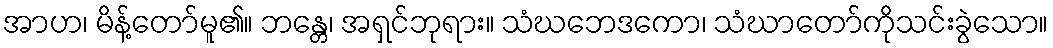
အာဟ၊ မိန့်တော်မူ၏။ ဘန္တေ၊ အရှင်ဘုရား။ သံဃဘေဒကော၊ သံဃာတော်ကိုသင်းခွဲသော။